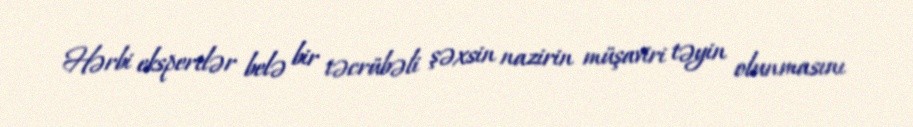
Hərbi ekspertlər belə bir təcrübəli şəxsin nazirin müşaviri təyin olunmasını